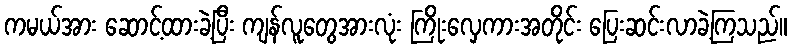
ကမယ်အား ဆောင့်ထားခဲ့ပြီး ကျန်လူတွေအားလုံး ကြိုးလှေကားအတိုင်း ပြေးဆင်းလာခဲ့ကြသည်။